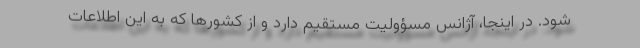
شود. در اینجا، آژانس مسؤولیت مستقیم دارد و از کشورها که به این اطلاعات